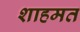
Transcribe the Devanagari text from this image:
शाहमत